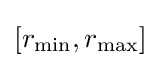
\left[r_{\min },r_{\max }\right]